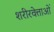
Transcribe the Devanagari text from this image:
शरीरवेत्ताओं